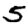
Digit: 5